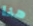
هنا